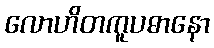
လောဟိတကူပဓာနော